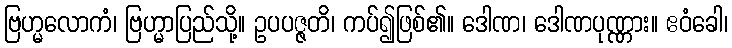
ဗြဟ္မလောကံ၊ ဗြဟ္မာပြည်သို့။ ဥပပဇ္ဇတိ၊ ကပ်၍ဖြစ်၏။ ဒေါဏ၊ ဒေါဏပုဏ္ဏား။ ဧဝံခေါ၊